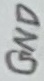
Text: GND